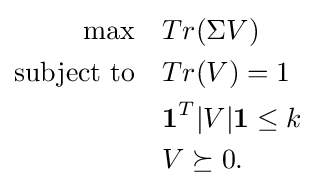
{\begin{aligned}\max \quad &Tr(\Sigma V)\\{\text{subject to}}\quad &Tr(V)=1\\&\mathbf {1} ^{T}|V|\mathbf {1} \leq k\\&V\succeq 0.\end{aligned}}